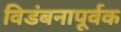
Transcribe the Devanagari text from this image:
विडंबनापूर्वक